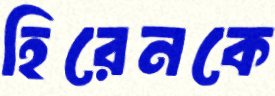
হিরেনকে